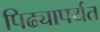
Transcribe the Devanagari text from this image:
पिढ्यापर्यंत